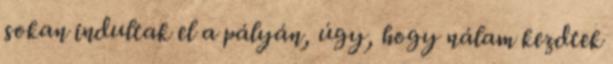
sokan indultak el a pályán, úgy, hogy nálam kezdtek